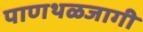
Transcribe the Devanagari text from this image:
पाणथळजागी